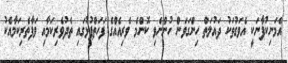
އެމަނިކުފާނަކީ އެވަގުތަކު ދައުލަތް ހިންގަވަން ހުންނެވި ކޮންމެ ވެރިއެއްގެ ފަހަތްޕުޅުގައި ތެދުވެރިކަމާއި ވަފާތެރިކަމާއެކު